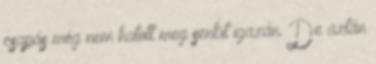
csapás még nem hatott meg senkit igazán. De aztán